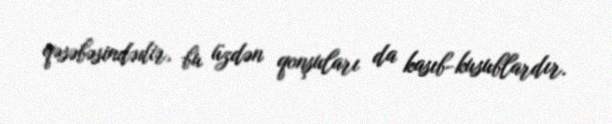
qəsəbəsindədir, bu üzdən qonşuları da kasıb-kusublardır.